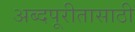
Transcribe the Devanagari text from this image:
अब्दपूरीतासाठी